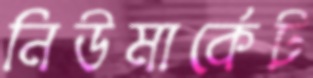
নিউমার্কেট